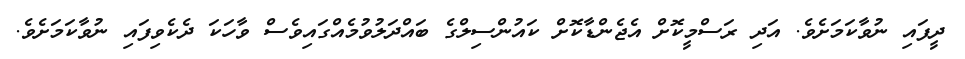
ދީފައި ނުވާކަމަށެވެ. އަދި ރަސްމީކޮށް އެޖެންޑާކޮށް ކައުންސިލްގެ ބައްދަލުވުމެއްގައިވެސް ވާހަކަ ދެކެވިފައި ނުވާކަމަށެވެ.